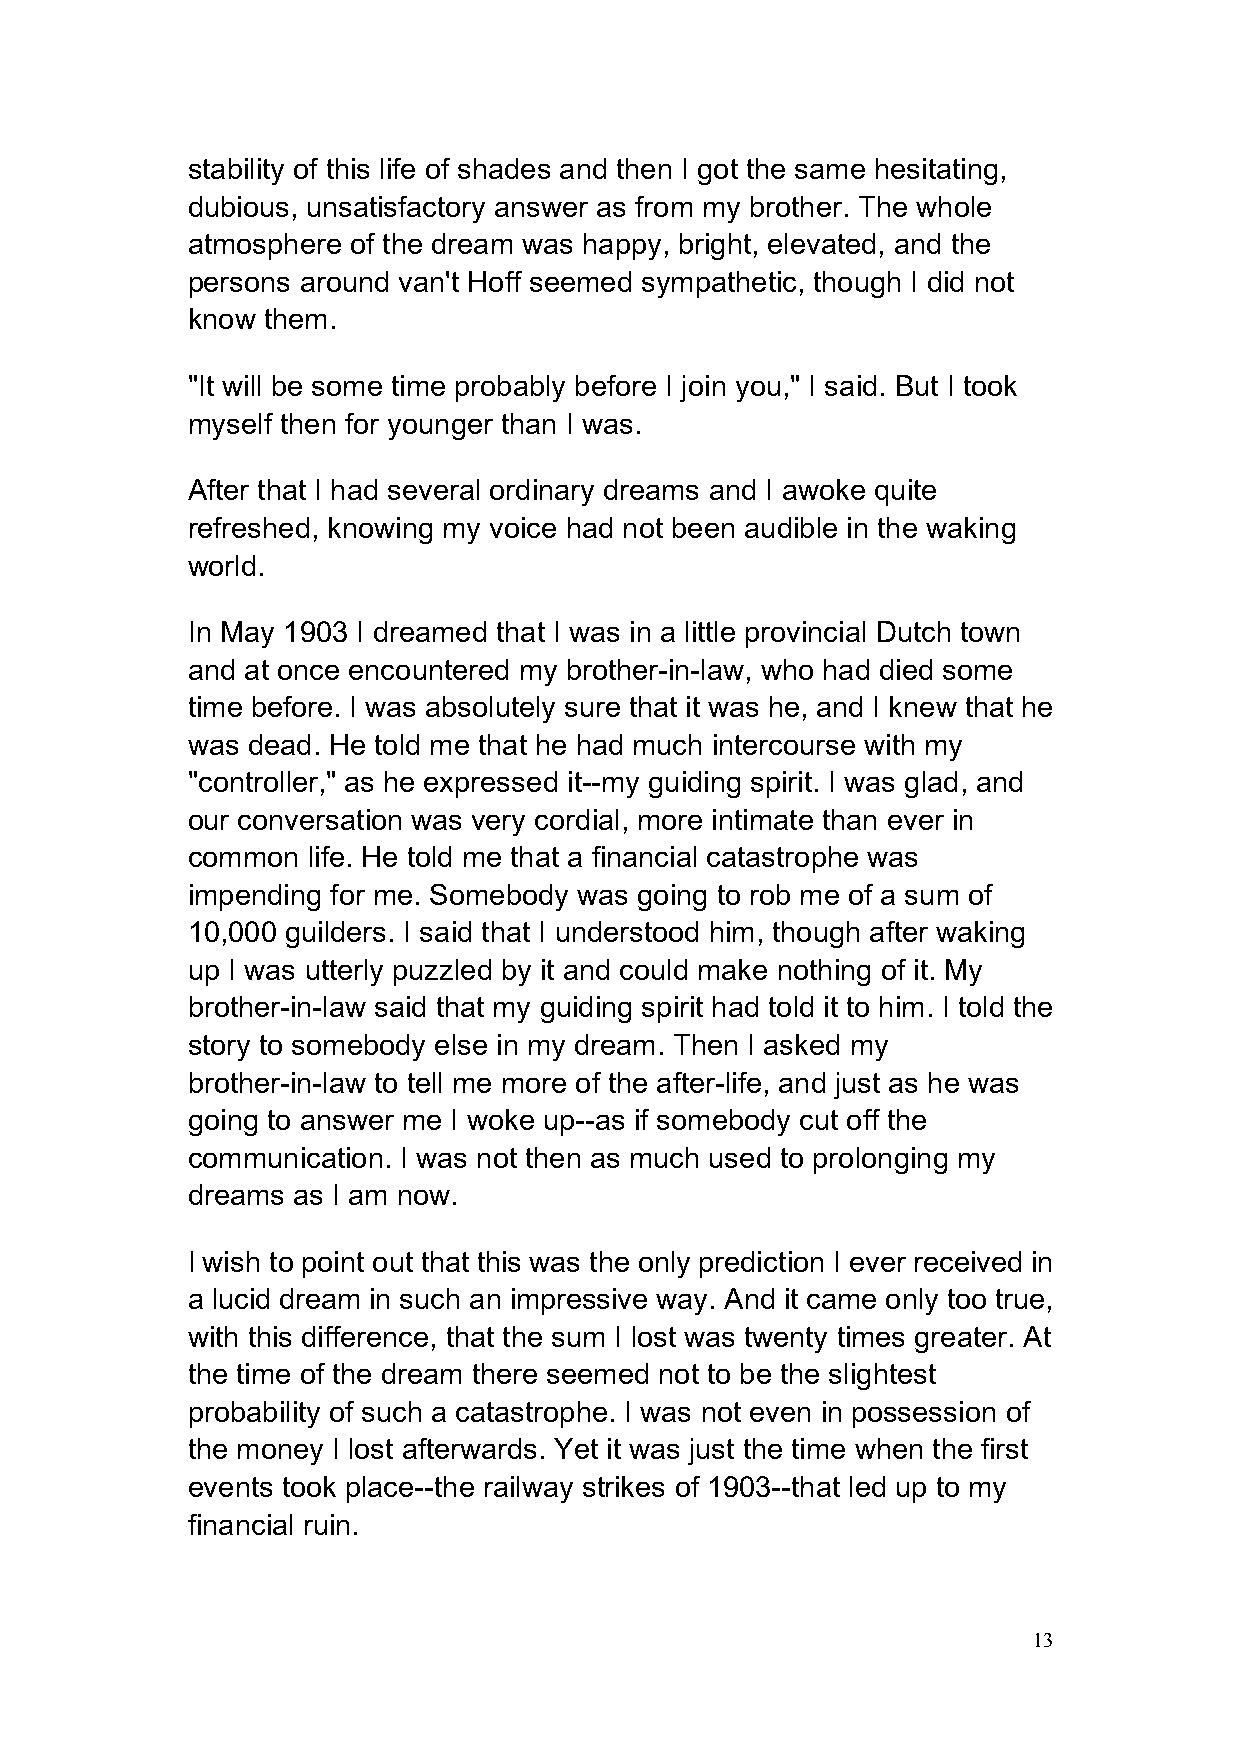
stability of this life of shades and then I got the same hesitating,
 dubious, unsatisfactory answer as from my brother. The whole
 atmosphere of the dream was happy, bright, elevated, and the
 persons around van't Hoff seemed sympathetic, though I did not
 know them.
 "It will be some time probably before I join you," I said. But I took
 myself then for younger than I was.
 After that I had several ordinary dreams and I awoke quite
 refreshed, knowing my voice had not been audible in the waking
 world.
 In May 1903 I dreamed that I was in a little provincial Dutch town
 and at once encountered my brother-in-law, who had died some
 time before. I was absolutely sure that it was he, and I knew that he
 was dead. He told me that he had much intercourse with my
 "controller," as he expressed it--my guiding spirit. I was glad, and
 our conversation was very cordial, more intimate than ever in
 common  life. He told me that a financial catastrophe was
 impending for me. Somebody was going to rob me of a sum of
 10,000 guilders. I said that I understood him, though after waking
 up I was utterly puzzled by it and could make nothing of it. My
 brother-in-law said that my guiding spirit had told it to him. I told the
 story to somebody else in my dream. Then I asked my
 brother-in-law to tell me more of the after-life, and just as he was
 going to answer me I woke up--as if somebody cut off the
 communication. I was not then as much used to prolonging my
 dreams as I am now.
 I wish to point out that this was the only prediction I ever received in
 a lucid dream in such an impressive way. And it came only too true,
 with this difference, that the sum I lost was twenty times greater. At
 the time of the dream there seemed not to be the slightest
 probability of such a catastrophe. I was not even in possession of
 the money I lost afterwards. Yet it was just the time when the first
 events took place--the railway strikes of 1903--that led up to my
 financial ruin.
 13